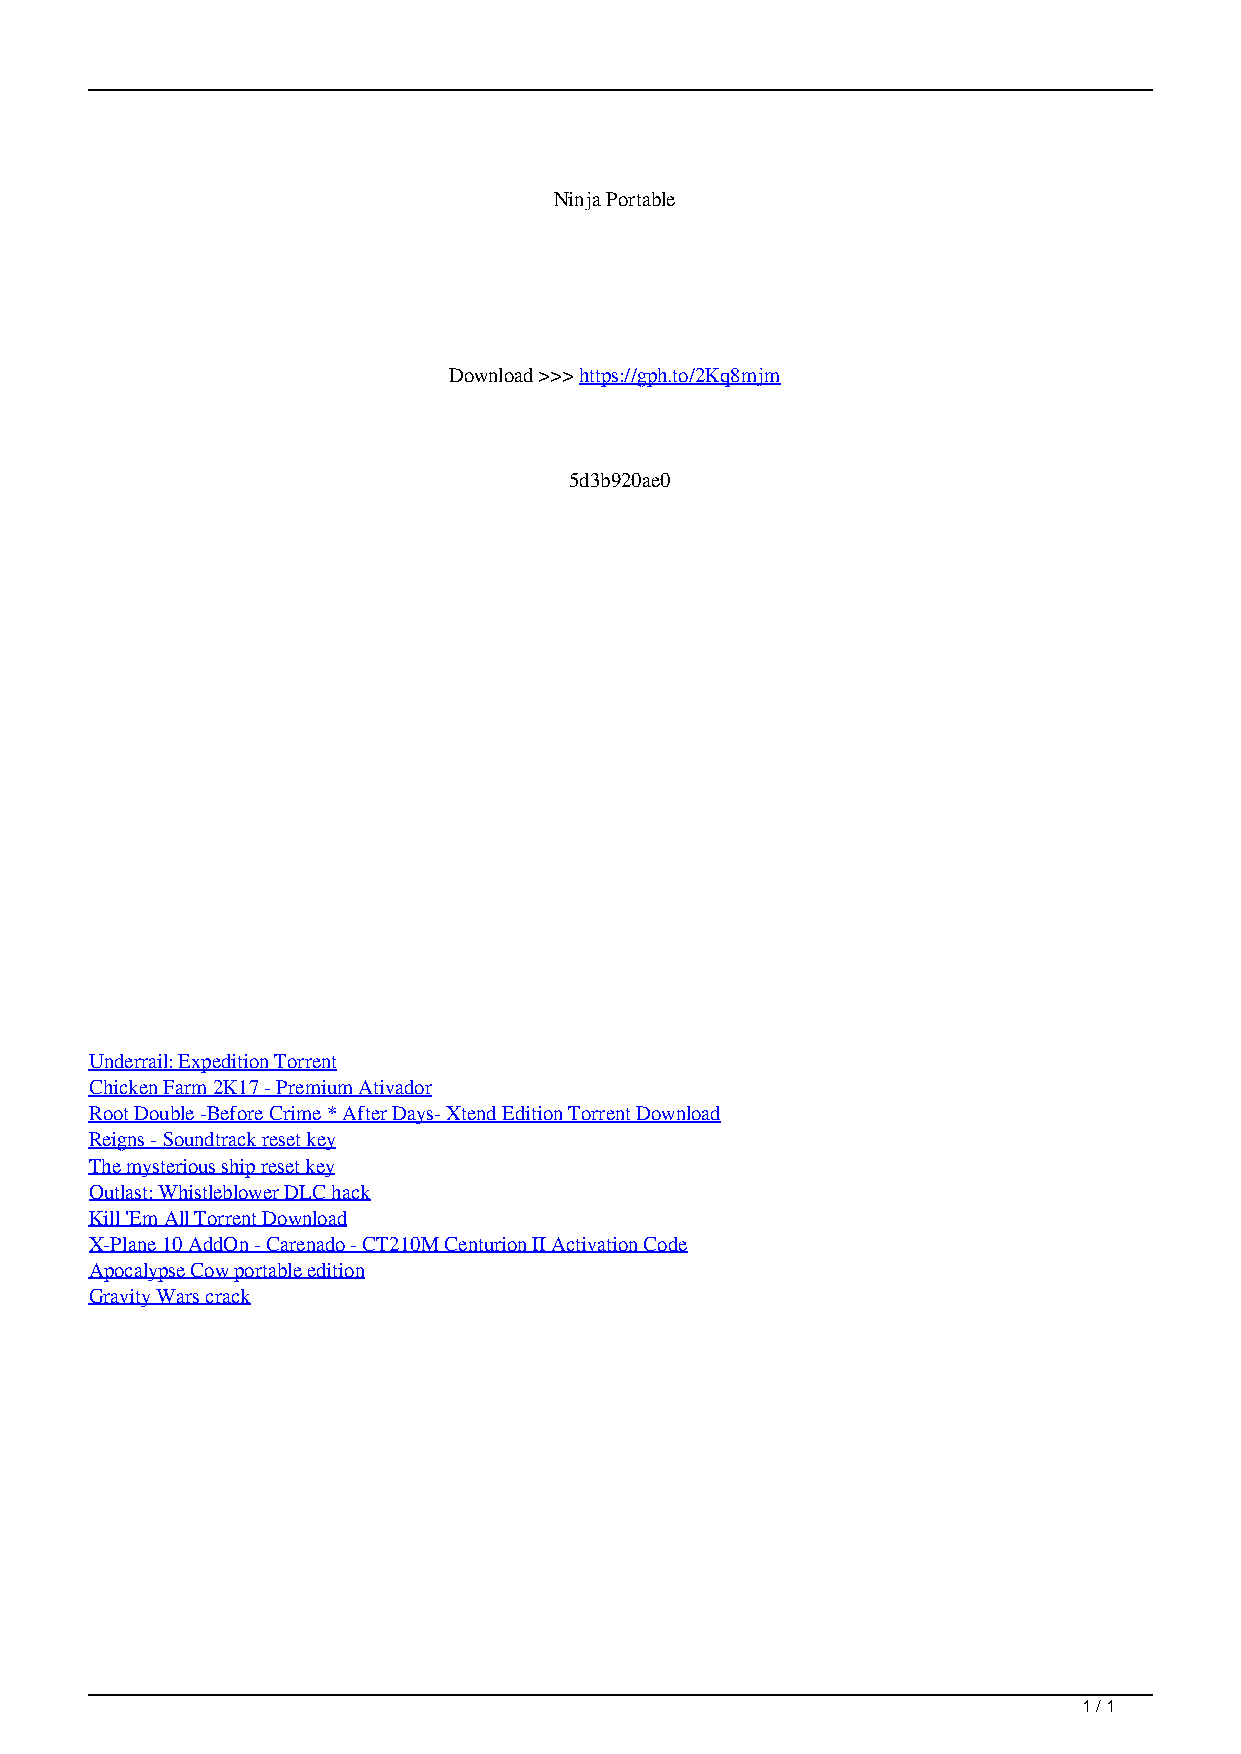
Ninja Portable
 Download >>> https://gph.to/2Kq8mjm
 5d3b920ae0
 Underrail: Expedition Torrent
 Chicken Farm 2K17 - Premium Ativador
 Root Double -Before Crime * After Days- Xtend Edition Torrent Download
 Reigns - Soundtrack reset key
 The mysterious ship reset key
 Outlast: Whistleblower DLC hack
 Kill 'Em All Torrent Download
 X-Plane 10 AddOn - Carenado - CT210M Centurion II Activation Code
 Apocalypse Cow portable edition
 Gravity Wars crack
 1 / 1
 Ninja Portable